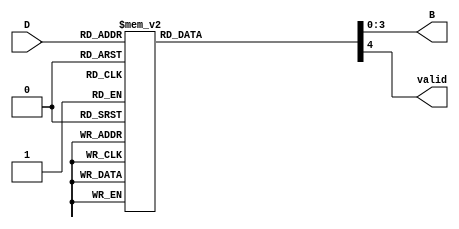
module DecimalToBinaryEncoder (
    input wire [3:0] D,    // 4-bit input for decimal digits (0 to 9)
    output reg [3:0] B,    // 4-bit binary output
    output reg valid        // Output to indicate if the input is valid
);

    always @(*) begin
        // Initialize outputs
        B = 4'b0000; // Default output
        valid = 1'b0; // Default validity
        
        case (D)
            4'b0000: begin B = 4'b0000; valid = 1'b1; end // 0
            4'b0001: begin B = 4'b0001; valid = 1'b1; end // 1
            4'b0010: begin B = 4'b0010; valid = 1'b1; end // 2
            4'b0011: begin B = 4'b0011; valid = 1'b1; end // 3
            4'b0100: begin B = 4'b0100; valid = 1'b1; end // 4
            4'b0101: begin B = 4'b0101; valid = 1'b1; end // 5
            4'b0110: begin B = 4'b0110; valid = 1'b1; end // 6
            4'b0111: begin B = 4'b0111; valid = 1'b1; end // 7
            4'b1000: begin B = 4'b1000; valid = 1'b1; end // 8
            4'b1001: begin B = 4'b1001; valid = 1'b1; end // 9
            default: begin B = 4'b0000; valid = 1'b0; end // Invalid input
        endcase
    end

endmodule